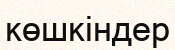
көшкіндер